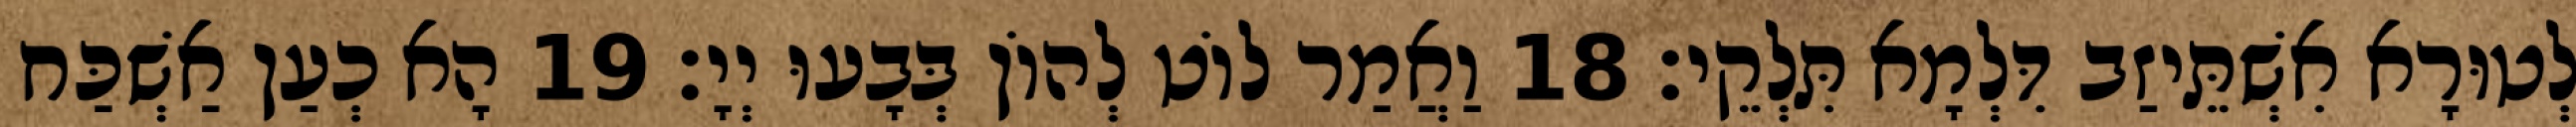
לְטוּרָא אִשְׁתֵּיזַב דִּלְמָא תִּלְקֵי׃ 18 וַאֲמַר לוֹט לְהוֹן בְּבָעוּ יְיָ׃ 19 הָא כְעַן אַשְׁכַּח